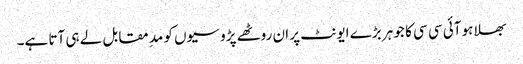
بھلا ہو آئی سی سی کا جو ہر بڑے ایونٹ پر ان روٹھے پڑوسیوں کو مد ِمقابل لے ہی آتا ہے۔